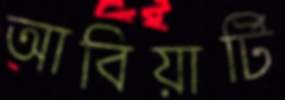
আবিয়ার্টি